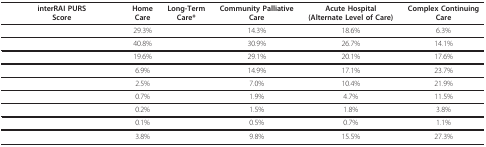
<table><thead><tr><td><b>interRAI PURSScore</b></td><td><b>HomeCare</b></td><td><b>Long-TermCare*</b></td><td><b>Community PalliativeCare</b></td><td><b>Acute Hospital(Alternate Level of Care)</b></td><td><b>Complex ContinuingCare</b></td></tr></thead><tbody><tr><td>[EMPTY_CELL]</td><td>29.3%</td><td>[EMPTY_CELL]</td><td>14.3%</td><td>18.6%</td><td>6.3%</td></tr><tr><td>[EMPTY_CELL]</td><td>40.8%</td><td>[EMPTY_CELL]</td><td>30.9%</td><td>26.7%</td><td>14.1%</td></tr><tr><td>[EMPTY_CELL]</td><td>19.6%</td><td>[EMPTY_CELL]</td><td>29.1%</td><td>20.1%</td><td>17.6%</td></tr><tr><td>[EMPTY_CELL]</td><td>6.9%</td><td>[EMPTY_CELL]</td><td>14.9%</td><td>17.1%</td><td>23.7%</td></tr><tr><td>[EMPTY_CELL]</td><td>2.5%</td><td>[EMPTY_CELL]</td><td>7.0%</td><td>10.4%</td><td>21.9%</td></tr><tr><td>[EMPTY_CELL]</td><td>0.7%</td><td>[EMPTY_CELL]</td><td>1.9%</td><td>4.7%</td><td>11.5%</td></tr><tr><td>[EMPTY_CELL]</td><td>0.2%</td><td>[EMPTY_CELL]</td><td>1.5%</td><td>1.8%</td><td>3.8%</td></tr><tr><td>[EMPTY_CELL]</td><td>0.1%</td><td>[EMPTY_CELL]</td><td>0.5%</td><td>0.7%</td><td>1.1%</td></tr><tr><td>[EMPTY_CELL]</td><td>3.8%</td><td>[EMPTY_CELL]</td><td>9.8%</td><td>15.5%</td><td>27.3%</td></tr></tbody></table>